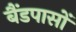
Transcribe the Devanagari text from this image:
बैंडपासों